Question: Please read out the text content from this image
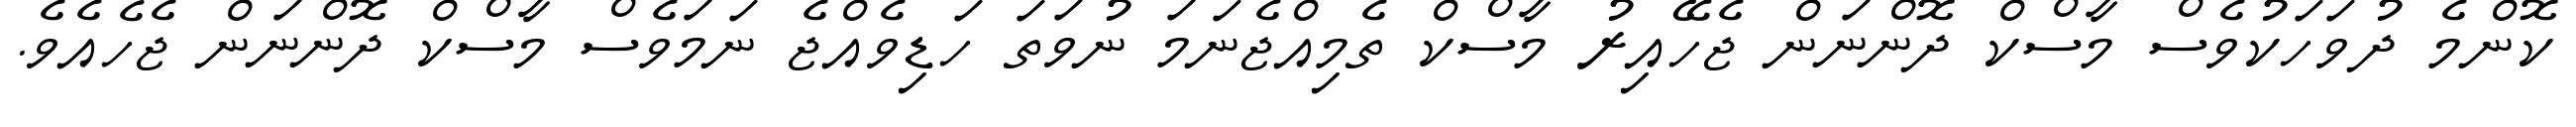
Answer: ކޮންމެ ދުވަހަކުވެސް މާސްކް ދޮންނަން ޖެހޭއިރު މާސްކް ތެމިއްޖެނަމަ ނުވަތަ ހަޑިވެއްޖެ ނަމަވެސް މާސްކް ދޮންނަން ޖެހެއެވެ.